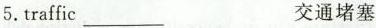
5.traffic ___ 交通堵塞